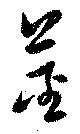
茎